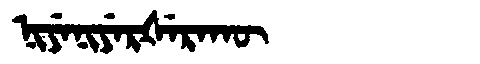
Manchu: ᠨᡳᠶᡝᠨᡳᠶᡝᡵᡧᡝᡵᠠᡴᡡ
Romanization: NIYENIYERŠERAKŪ